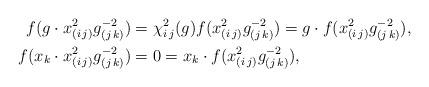
LaTeX: \begin{align*}f(g\cdot x_{(i\,j)}^2g_{(j\,k)}^{-2})&= \chi_{i\,j}^2(g) f(x_{(i\,j)}^2g_{(j\,k)}^{-2}) = g\cdot f(x_{(i\,j)}^2g_{(j\,k)}^{-2}), \\f(x_k \cdot x_{(i\,j)}^2g_{(j\,k)}^{-2})&= 0 = x_k \cdot f(x_{(i\,j)}^2g_{(j\,k)}^{-2}),\end{align*}